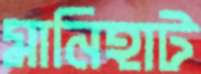
মানিহাট